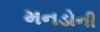
મનડોની